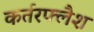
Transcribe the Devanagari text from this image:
कर्तरफ्लैश